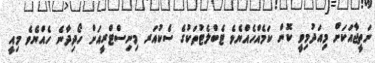
ނަތީޖާއަކަށް މިއަދުމިވީ ކޮން ކަމެއްހެއްޔެވެ ޓެބްލެޓުތަކުގެ ސެކުއަރ މިނިސްޓްރީއަށް ހޯދިދާނެ ހެއްޔެވެ މިއީ